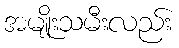
အမျိုးသမီးလည်း